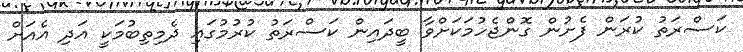
ކަސްރަތު ކުރަން ފެށުން ގޮންޖެހުމަކަށްވާ ބީދައިން ކަސްރަތު ކުރުމުގައި ދެމިތިބުމަކީ އަދި އެއަށް